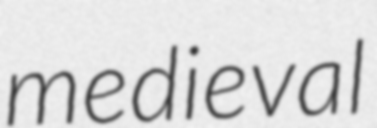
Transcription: medieval